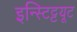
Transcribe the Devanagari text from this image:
इन्स्टिट्टयूट